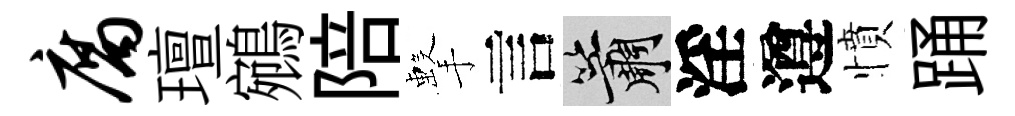
腐璮鵷陪擊言簫淫遵憤踊